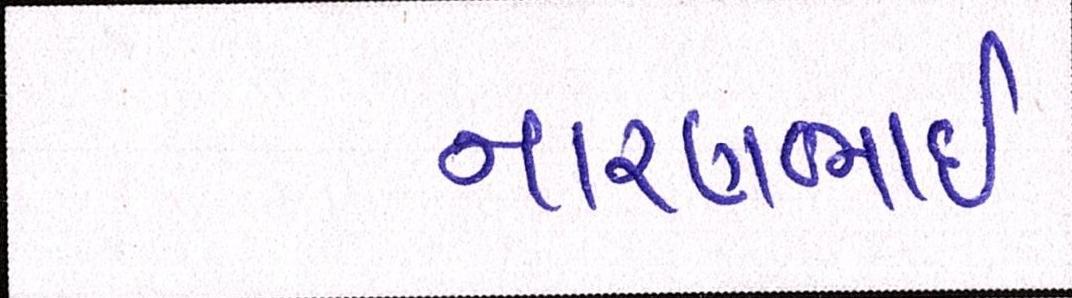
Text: નારણભાઈ